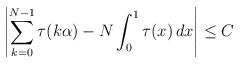
LaTeX: \begin{align*} \left| \sum_{k=0}^{N-1} \tau (k\alpha) - N \int_0^1 \tau (x) \, dx \right| \leq C \end{align*}